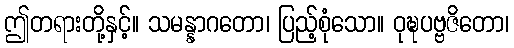
ဤတရားတို့နှင့်။ သမန္နာဂတော၊ ပြည့်စုံသော။ ဝုဍ္ဎပဗ္ဗဇိတော၊